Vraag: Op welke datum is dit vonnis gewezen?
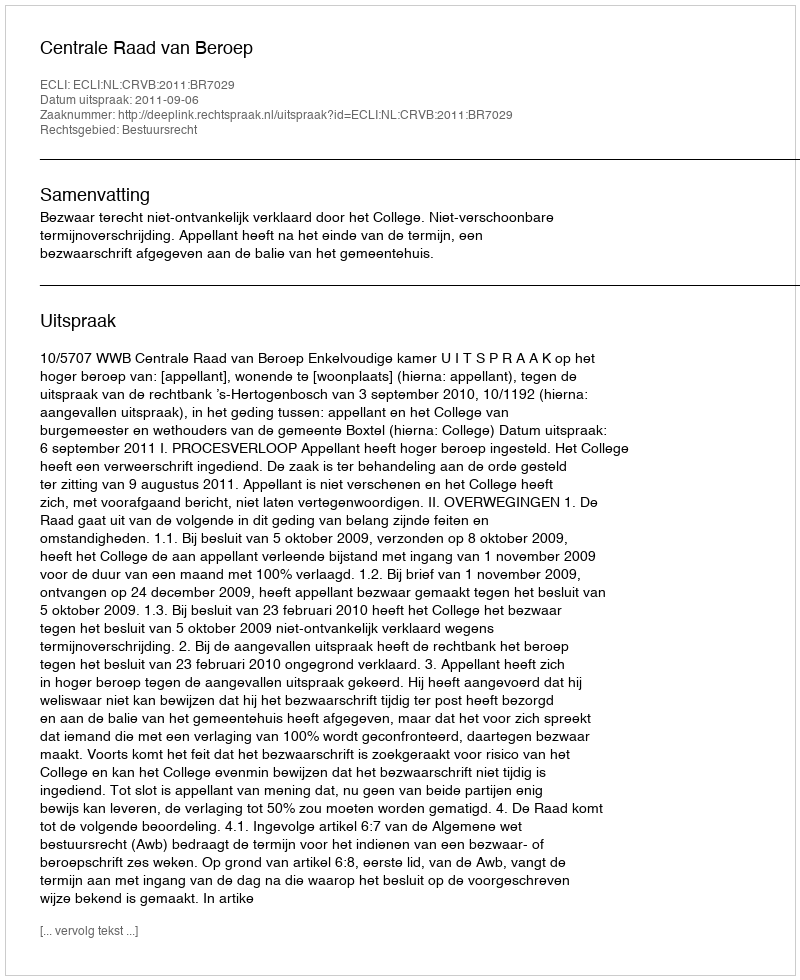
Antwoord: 2011-09-06